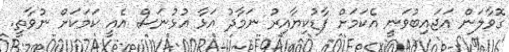
ގޮވާލަން އަޖައިބުވަނީ އެކަމަށް ފާޑުކިޔާއިރު ނަމާދު އަޅާ އުޅުނަސް އެއީ ކަމަކަށް ނުވާތީ.